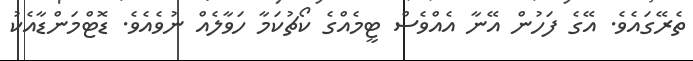
ތެރޭގައެވެ. އޭގެ ފަހުން އޭނާ އެއްވެސް ޓީމެއްގެ ކޯޗުކަމާ ހަވާލެއް ނުވެއެވެ. ޑޮޓްމަންޑާއެކު